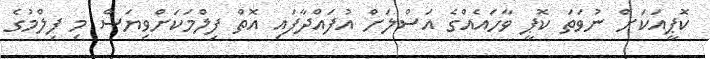
ކޮޕީއަކަށް ނުވަތަ ކޮޕީ ވާހައެއްގެ އަސްލަށް އުފައްދާފައި އޮތް ފިލްމަކަށްވިޔަސް މި ފިލްމުގެ